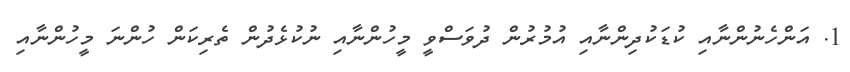
1. އަންހެނުންނާއި ކުޑަކުދިންނާއި އުމުރުން ދުވަސްވީ މީހުންނާއި ނުކުޅެދުން ތެރިކަން ހުންނަ މީހުންނާއި